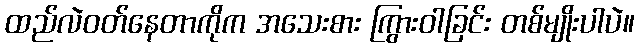
ထည်လဲဝတ်နေတာကိုက အသေးစား ကြွားဝါခြင်း တစ်မျိုးပါပဲ။